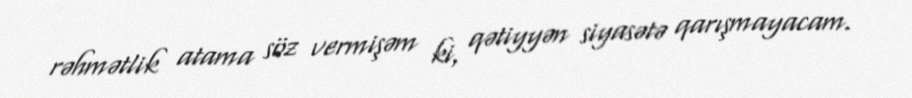
rəhmətlik atama söz vermişəm ki, qətiyyən siyasətə qarışmayacam.